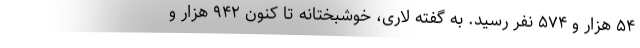
۵۴ هزار و ۵۷۴ نفر رسید. به گفته لاری، خوشبختانه تا کنون ۹۴۲ هزار و